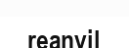
reanvil